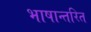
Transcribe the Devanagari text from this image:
भाषान्तरित